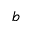
b